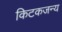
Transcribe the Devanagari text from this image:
किटकजन्य